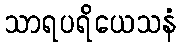
သာရပရိယေသနံ